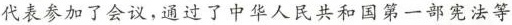
大代表参加了会议，通过了中华人民共和国第一部宪法等